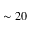
\sim 2 0